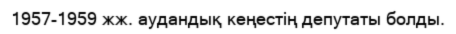
1957-1959 жж. аудандық кеңестің депутаты болды.